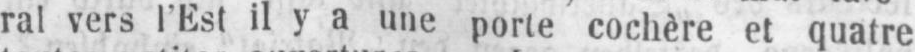
ral vers l’Est il y a une porte cochère et quatre